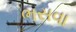
ભસવા